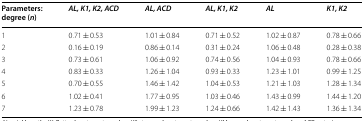
<table><thead><tr><td><b>Parameters: degree (<i>n</i>)</b></td><td><b><i>AL, K1, K2, ACD</i></b></td><td><b><i>AL, ACD</i></b></td><td><b><i>AL, K1, K2</i></b></td><td><b><i>AL</i></b></td><td><b><i>K1, K2</i></b></td></tr></thead><tbody><tr><td>1</td><td>0.71 ± 0.53</td><td>1.01 ± 0.84</td><td>0.71 ± 0.52</td><td>1.02 ± 0.87</td><td>0.78 ± 0.66</td></tr><tr><td>2</td><td>0.16 ± 0.19</td><td>0.86 ± 0.14</td><td>0.31 ± 0.24</td><td>1.06 ± 0.48</td><td>0.28 ± 0.38</td></tr><tr><td>3</td><td>0.73 ± 0.61</td><td>1.06 ± 0.92</td><td>0.74 ± 0.56</td><td>1.04 ± 0.93</td><td>0.78 ± 0.66</td></tr><tr><td>4</td><td>0.83 ± 0.33</td><td>1.26 ± 1.04</td><td>0.93 ± 0.33</td><td>1.23 ± 1.01</td><td>0.99 ± 1.25</td></tr><tr><td>5</td><td>0.70 ± 0.55</td><td>1.46 ± 1.42</td><td>1.04 ± 0.53</td><td>1.21 ± 1.03</td><td>1.28 ± 1.34</td></tr><tr><td>6</td><td>1.02 ± 0.41</td><td>1.77 ± 0.95</td><td>1.03 ± 0.46</td><td>1.43 ± 0.99</td><td>1.44 ± 1.20</td></tr><tr><td>7</td><td>1.23 ± 0.78</td><td>1.99 ± 1.23</td><td>1.24 ± 0.66</td><td>1.42 ± 1.43</td><td>1.36 ± 1.34</td></tr></tbody></table>